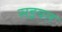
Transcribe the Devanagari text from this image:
सइयत